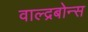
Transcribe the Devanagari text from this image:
वाल्द्रबोन्स